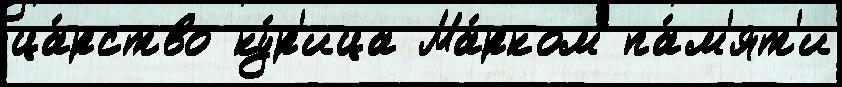
ца́рство ку́р'ица Ма́рком па́м'ят'и